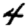
Digit: 4